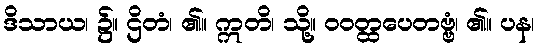
ဒိသာယ၊ ၌။ ဌိတံ၊ ၏။ ဣတိ၊ သို့။ ဝဝတ္ထပေတဗ္ဗံ၊ ၏။ ပန၊